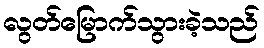
လွတ်မြောက်သွားခဲ့သည်